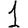
Digit: 1